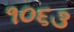
૧૦૬૩